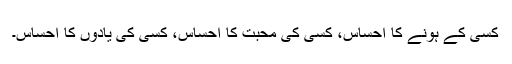
کسی کے ہونے کا احساس، کسی کی محبت کا احساس، کسی کی یادوں کا احساس۔